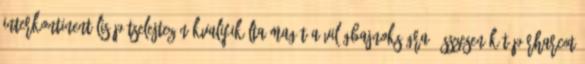
interkontinentális pótselejtezőn kvalifikálta magát a világbajnokságra. Összesen két párharcot